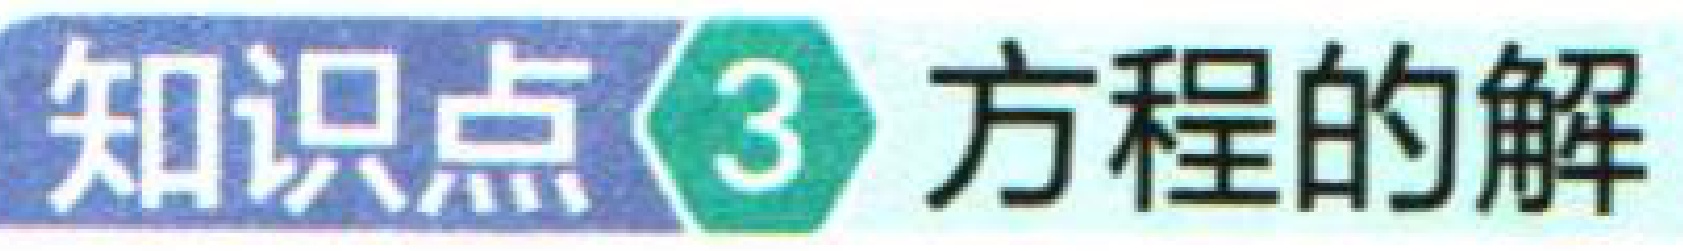
知识点\(3\) 方程的解